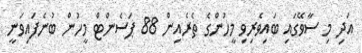
އަދި މި ސާވޭގައި ބައިވެރިވި މީހުންގެ ތެރެއިން 88 ޕަސެންޓް މީހުން ބުނެފައިވަނީ